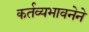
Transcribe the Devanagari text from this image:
कर्तव्यभावनेने